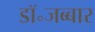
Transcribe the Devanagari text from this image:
डॉ॰जब्बार